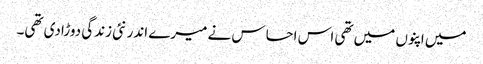
میں اپنوں میں تھی اس احساس نے میرے اندر نئی زندگی دوڑادی تھی۔